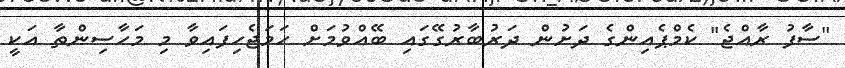
"ސާފު ރާއްޖެ" ކެމްޕެއިންގެ ދަށުން ދަރުބާރުގޭގައި ބޭއްވުމަށް ހަމަޖެހިފައިވާ މި މަހާސިންތާ އަކީ